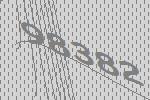
98382